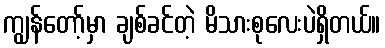
ကျွန်တော့်မှာ ချစ်ခင်တဲ့ မိသားစုလေးပဲရှိတယ်။